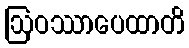
ဩဝဿာပေထာတိ